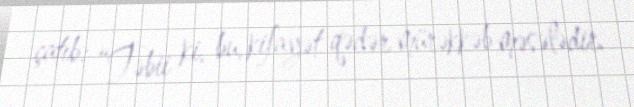
çatıb: “Təbii ki, bu, kifayət qədər mürəkkəb məsələdir.